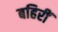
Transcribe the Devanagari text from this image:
बहिरीं